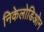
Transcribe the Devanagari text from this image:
निकेलोडिओन